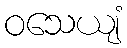
ဝသေယျံ